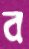
ব